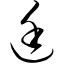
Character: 廷